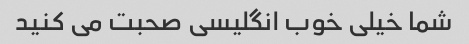
شما خیلی خوب انگلیسی صحبت می کنید